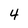
Character: 4